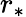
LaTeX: r_{*}